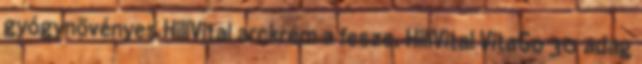
gyógynövényes HillVital arckrém a fesze. HillVital VitaGo 30 adag